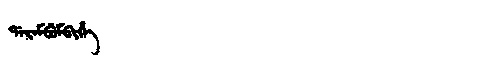
Manchu: ᡩᠠᡵᠠᠮᠪᡠᠮᠪᡳᡥᡝ
Romanization: DARAMBUMBIHE